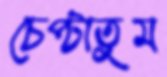
চেপ্‌টাতুম